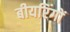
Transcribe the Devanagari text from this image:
बीयरिंगों